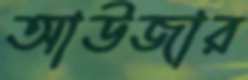
আউজার